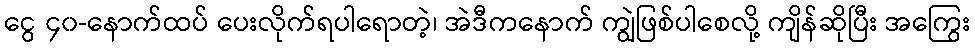
ငွေ ၄၀-နောက်ထပ် ပေးလိုက်ရပါရောတဲ့၊ အဲဒီကနောက် ကျွဲဖြစ်ပါစေလို့ ကျိန်ဆိုပြီး အကြွေး